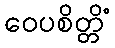
ဝေပစိတ္တိံ